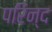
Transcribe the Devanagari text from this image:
परिन्द